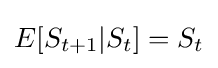
E[S_{t+1}|S_{t}]=S_{t}